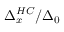
\Delta _ { x } ^ { H C } / \Delta _ { 0 }